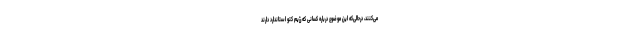
می‌کنند، درحالی‌که این موضوع درباره کسانی که رژیم کتو استاندارد دارند